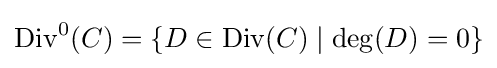
\mathrm {Div} ^{0}(C)=\{D\in \mathrm {Div} (C)\mid \deg(D)=0\}